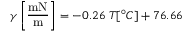
\centering \gamma \left[ \mathrm { \frac { m N } { m } } \right] = - 0 . 2 6 \; T [ ^ { \circ } C ] + 7 6 . 6 6